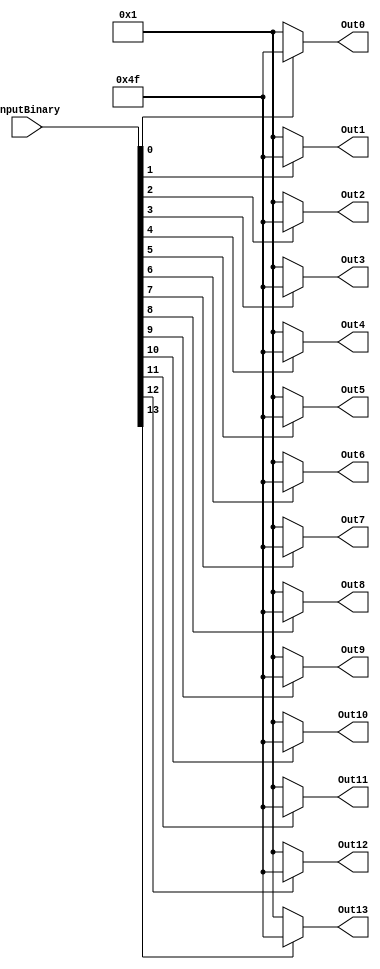

// Values are configure for Common Anode 7-Segment
`define ZERO 7'b0000001 //Decimal = 1
`define ONE 7'b1001111 //Decimal = 79

//msb to lsb 
//Out13 to Out0
module displayBinary(output reg [6:0] Out0, Out1, Out2, Out3, Out4, Out5, 
					 Out6, Out7, Out8, Out9, Out10, Out11, Out12, Out13,
					input [13:0] inputBinary);

always @(*)begin
	Out0 <= (inputBinary[0] == 1'b0)?(`ZERO):(`ONE);
	Out1 <= (inputBinary[1] == 1'b0)?(`ZERO):(`ONE);
	Out2 <= (inputBinary[2] == 1'b0)?(`ZERO):(`ONE);
	Out3 <= (inputBinary[3] == 1'b0)?(`ZERO):(`ONE);
	Out4 <= (inputBinary[4] == 1'b0)?(`ZERO):(`ONE);
	Out5 <= (inputBinary[5] == 1'b0)?(`ZERO):(`ONE);
	Out6 <= (inputBinary[6] == 1'b0)?(`ZERO):(`ONE);
	Out7 <= (inputBinary[7] == 1'b0)?(`ZERO):(`ONE);
	Out8 <= (inputBinary[8] == 1'b0)?(`ZERO):(`ONE);
	Out9 <= (inputBinary[9] == 1'b0)?(`ZERO):(`ONE);
	Out10 <= (inputBinary[10] == 1'b0)?(`ZERO):(`ONE);
	Out11 <= (inputBinary[11] == 1'b0)?(`ZERO):(`ONE);
	Out12 <= (inputBinary[12] == 1'b0)?(`ZERO):(`ONE);
	Out13 <= (inputBinary[13] == 1'b0)?(`ZERO):(`ONE);

end 
endmodule